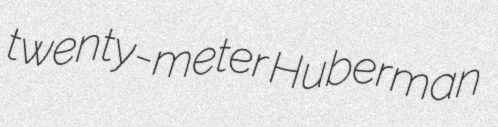
twenty-meter Huberman